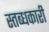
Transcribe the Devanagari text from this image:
स्‍तब्‍धकारी